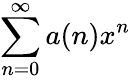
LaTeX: \sum_{n=0}^{\infty}a(n)x^{n}